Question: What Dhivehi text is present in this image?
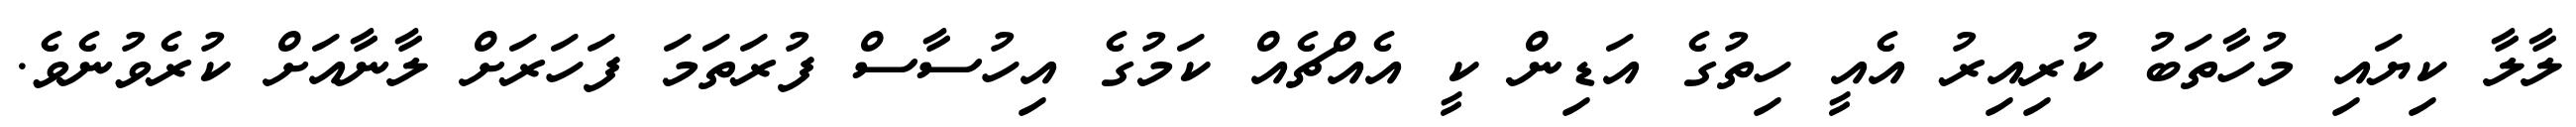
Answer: ލާލާ ކިޔައި މުހާތަބު ކުރިއިރު އެއީ ހިތުގެ އަޑިން ކީ އެއްޗެއް ކަމުގެ އިހުސާސް ފުރަތަމަ ފަހަރަށް ލާނާއަށް ކުރެވުނެވެ.